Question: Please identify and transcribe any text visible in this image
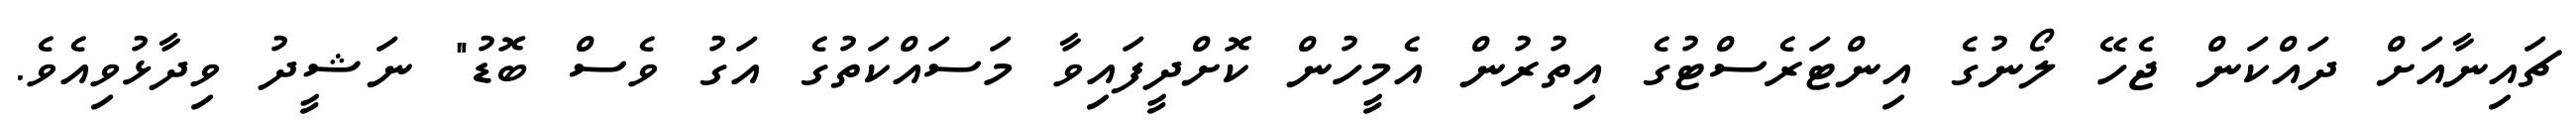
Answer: ޗައިނާއަށް ދައްކަން ޖެހޭ ލޯނުގެ އިންޓަރެސްޓުގެ އިތުރުން އެމީހުން ކޮށްދީފައިވާ މަސައްކަތުގެ އަގު ވެސް ބޮޑު" ނަޝީދު ވިދާޅުވިއެވެ.